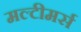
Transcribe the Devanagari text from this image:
मल्टीमर्स